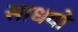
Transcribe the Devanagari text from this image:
साधवो